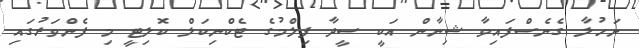
ނަހުލާ ގެނެސްފައިވާ ޝިނާން އަކީ ސީދާ ފިލްމުގެ ޓެކްނިކަލް ކޮލިޓީ މި ފެންވަރުގައި